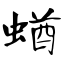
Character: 蝤